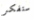
ستفكر